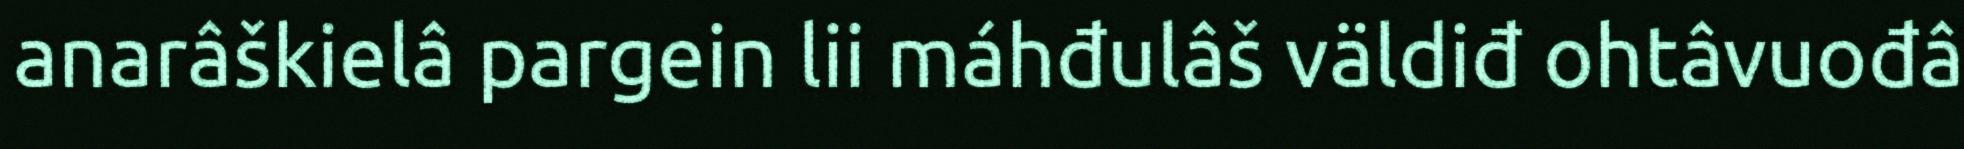
anarâškielâ pargein lii máhđulâš väldiđ ohtâvuođâ